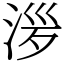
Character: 㳨